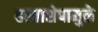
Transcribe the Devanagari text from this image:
हस्ताशेपामुळे